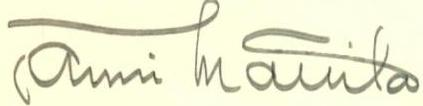
Taimi Mattila